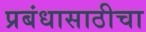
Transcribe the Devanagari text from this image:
प्रबंधासाठीचा